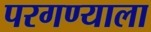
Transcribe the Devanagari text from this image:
परगण्याला